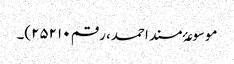
موسوعۂ مسند احمد، رقم ۲۵۲۱۰)۔